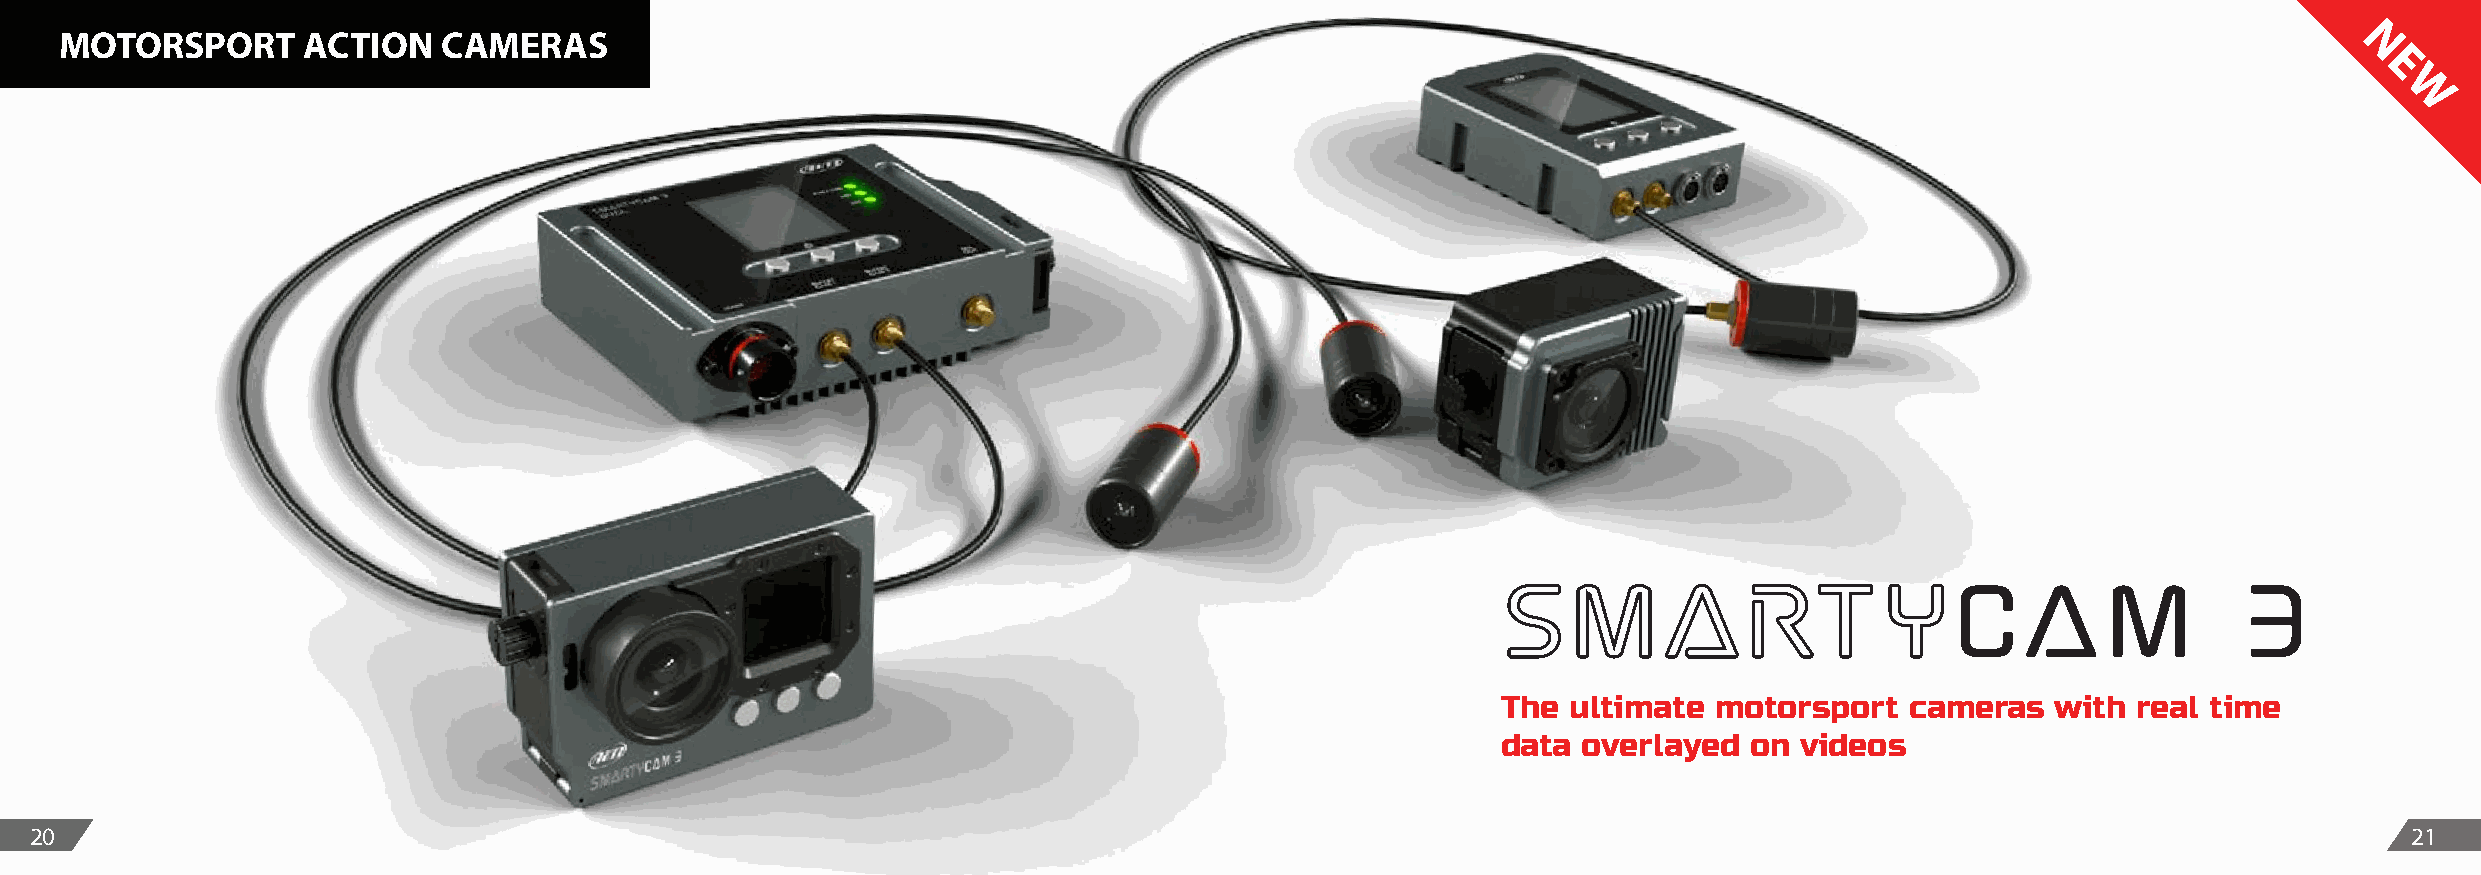
MOTORSPORT      ACTION   CAMERAS
 N
 E
 W
 SmartyCam                                        3
 The  ultimate motorsport   cameras   with real time
 data  overlayed  on videos
 20                                                                                                                                                            21